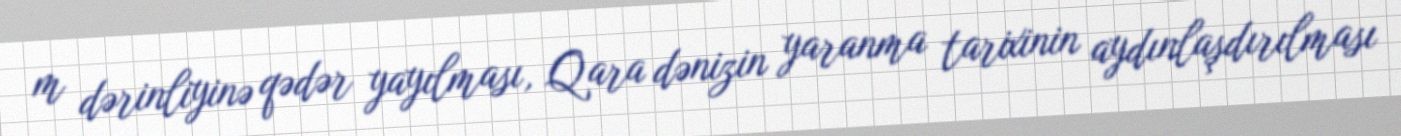
m dərinliyinə qədər yayılması, Qara dənizin yaranma tarixinin aydınlaşdırılması